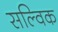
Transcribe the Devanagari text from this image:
सल्विक